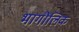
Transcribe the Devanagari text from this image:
भागौलिक